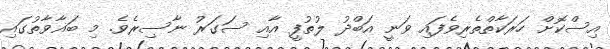
އިސްކޮށް ހަރަކާތްތެރިވެފައި ވަނީ އަބްދު ލުތުފީ އާއި ސަގަރު ނާސިރެވެ. މި ބަޣާވާތުގައި